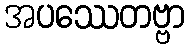
အပဿေတဗ္ဗာ